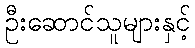
ဦးဆောင်သူများနှင့်